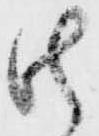
御